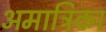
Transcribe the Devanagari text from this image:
अमात्रिका